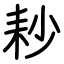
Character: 耖